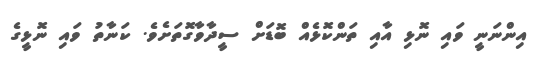
އިންނަނީ ވައި ނޮޅި އާއި ތަންކޮޅެއް ބޮޑަށް ސީދާވާގޮތަށެވެ. ކަނާތު ވައި ނޮޅީގެ